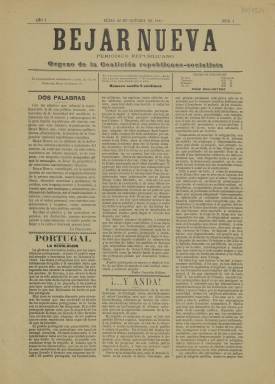
Título: Béjar nueva
Colección: Periódicos
Ámbito geográfico: Salamanca
Lugar de publicación: Béjar [Salamanca]
Fechas: 22/10/1910-22/10/1910

Este periódico de la localidad salmantina de Béjar comenzó su andadura en octubre de 1910 como órgano de la Coalición republicano-socialista. Esta coalición se había formado a nivel nacional el año anterior para oponerse al Gobierno y a los partidos dinásticos tras la crisis por los sucesos de la llamada Semana Trágica de Barcelona. La coalición nacional estuvo encabezada por el escritor Benito Pérez Galdós y con ella obtuvo su acta de diputado el líder socialista, Pablo Iglesias.

   Béjar era a comienzos del siglo XX una localidad con una importante industria textil y una población que superaba los 9.000 habitantes, que se ampliaba con los habitantes de su partido judicial. Varios periódicos de todas las tendencias se daban cita entonces en la zona para defender sus respectivos idearios.

 La publicación, que se subtitulaba periódico republicano, constaba de cuatro páginas y su contenido estaba fuertemente marcado por su ideología, con artículos de fondo de análisis de la política nacional y relativos a la coalición republicano-socialista local, aunque no faltaba la información municipal ni las noticias propiamente de Béjar y su entorno.

  La Biblioteca Nacional de España solo posee el primer número de este periódico, que se prolongó hasta 1914. En este número inaugural la última página dedicada a la publicidad aparece casi vacía, algo que con el tiempo fue mejorando y los anuncios pudieron ayudar a la composición e impresión del periódico, dado que esta prensa tan marcadamente ideológica tenía muy difícil su financiación.

Cuando Béjar nueva salió por primera vez se acababa de producir la revolución en Portugal que derrocó a la monarquía e implantó la República. La portada del primer número hace alusión a este hecho y lo refleja de esta forma:

  ‘La gloriosa revolución, hecha por los republicanos portugueses, es para el pueblo español ejemplo y enseñanza que no debemos olvidar. Las masas portuguesas han sido admirablemente dirigidas y el resultado tenía que ser el que ha sido, un triunfo colosal; los portugueses han causado la admiración de todos los pueblos de Europa, y me atrevo a decir que no es solo admiración lo que han causado, no me cabe duda alguna que también han causado envidia, y no pequeña, a los pueblos que hace muchísimos años andamos tras de hacer lo que tan fácilmente ha hecho el pueblo portugués’.

El artículo iba firmado por el director de la publicación, Pedro González Bolívar, quien antes había dirigido La Lucha, otra publicación de la coalición republicano-socialista.

  Es curioso cómo otros artículos de este primer número de Béjar nueva van firmados por alguien que utiliza el seudónimo de ‘Lazarillo de Tormes’, dando testimonio de la popularidad del célebre personaje de la novela picaresca en tierras de Salamanca, lugar de donde era originario.

    Para obtener más información de este periódico, así como de la prensa de Béjar de finales del siglo XIX y primeros del XX puede consultarse en abierto el artículo ‘La Prensa pedagógica de Béjar (1874-1936)’, de José María Hernández Díaz, publicado en el número 62 (2018) de Salamanca: Revista de estudios

[Descripción publicada el 15/02/2023]